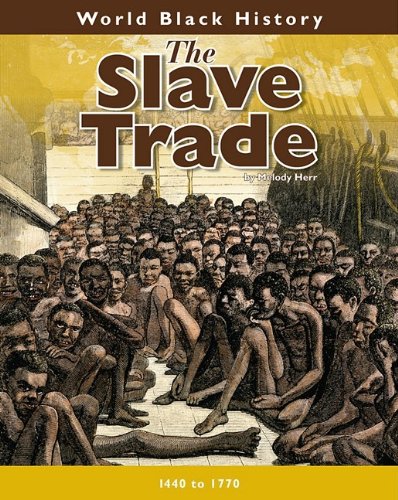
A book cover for The Slave Trade (World Black History); Melody Herr; Children's Books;